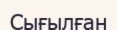
Сығылған